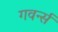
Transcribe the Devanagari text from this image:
गवर्न्स